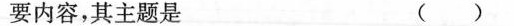
要内容，其主题是 ( )